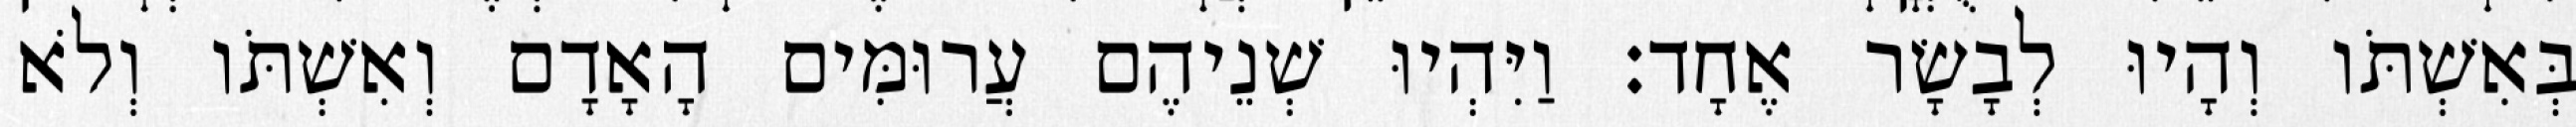
בְּאִשְׁתֹּו וְהָיוּ לְבָשָׂר אֶחָד׃ וַיִּהְיוּ שְׁנֵיהֶם עֲרוּמִּים הָאָדָם וְאִשְׁתֹּו וְלֹא